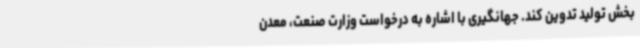
بخش تولید تدوین کند. جهانگیری با اشاره به درخواست وزارت صنعت، معدن